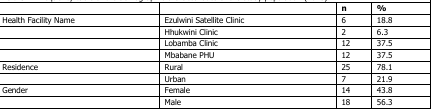
|  |  | n | % |
 | --- | --- | --- | --- |
 | Health Facility Name | Ezulwini Satellite Clinic | 6 | 18.8 |
 |  | Hhukwini Clinic | 2 | 6.3 |
 |  | Lobamba Clinic | 12 | 37.5 |
 |  | Mbabane PHU | 12 | 37.5 |
 | Residence | Rural | 25 | 78.1 |
 |  | Urban | 7 | 21.9 |
 | Gender | Female | 14 | 43.8 |
 |  | Male | 18 | 56.3 |